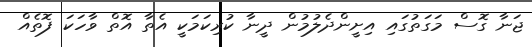
ޖަނާ ގޮސް މަގަތުގައި އިށީންދެލުމުން ދީނާ ކުރިކަމަކީ އެތާ އޮތް ވާހަކަ ފޮތެއް